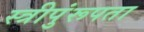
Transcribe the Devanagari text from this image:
स्त्रीपुंरूपता